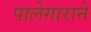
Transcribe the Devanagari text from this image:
पालेगाराने